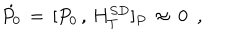
\dot { P _ { 0 } } \, = \, [ P _ { 0 } \, , \, H _ { T } ^ { S D } ] _ { P } \, \approx \, 0 \, \, \, ,